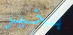
بخير